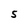
Character: S